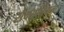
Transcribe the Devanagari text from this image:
सैक्सनियनों